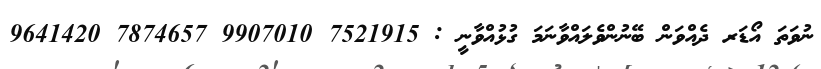
ނުވަތަ އޯޑަރ ދެއްވަން ބޭނުންވެލައްވާނަމަ ގުޅުއްވާނީ : 7521915 9907010 7874657 9641420